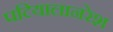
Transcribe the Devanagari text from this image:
पटियालानरेश